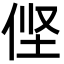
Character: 㑠